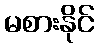
မစားနိုင်